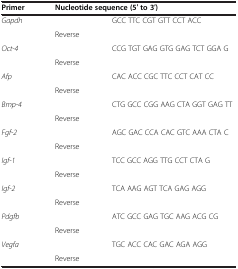
<table><thead><tr><td><b>Primer</b></td><td colspan="2"><b>Nucleotide sequence (5′ to 3′)</b></td></tr></thead><tbody><tr><td rowspan="2"><i>Gapdh</i></td><td>[EMPTY_CELL]</td><td>GCC TTC CGT GTT CCT ACC</td></tr><tr><td>Reverse</td><td>[EMPTY_CELL]</td></tr><tr><td rowspan="2"><i>Oct-4</i></td><td>[EMPTY_CELL]</td><td>CCG TGT GAG GTG GAG TCT GGA G</td></tr><tr><td>Reverse</td><td>[EMPTY_CELL]</td></tr><tr><td rowspan="2"><i>Afp</i></td><td>[EMPTY_CELL]</td><td>CAC ACC CGC TTC CCT CAT CC</td></tr><tr><td>Reverse</td><td>[EMPTY_CELL]</td></tr><tr><td rowspan="2"><i>Bmp-4</i></td><td>[EMPTY_CELL]</td><td>CTG GCC CGG AAG CTA GGT GAG TT</td></tr><tr><td>Reverse</td><td>[EMPTY_CELL]</td></tr><tr><td rowspan="2"><i>Fgf-2</i></td><td>[EMPTY_CELL]</td><td>AGC GAC CCA CAC GTC AAA CTA C</td></tr><tr><td>Reverse</td><td>[EMPTY_CELL]</td></tr><tr><td rowspan="2"><i>Igf-1</i></td><td>[EMPTY_CELL]</td><td>TCC GCC AGG TTG CCT CTA G</td></tr><tr><td>Reverse</td><td>[EMPTY_CELL]</td></tr><tr><td rowspan="2"><i>Igf-2</i></td><td>[EMPTY_CELL]</td><td>TCA AAG AGT TCA GAG AGG</td></tr><tr><td>Reverse</td><td>[EMPTY_CELL]</td></tr><tr><td rowspan="2"><i>Pdgfb</i></td><td>[EMPTY_CELL]</td><td>ATC GCC GAG TGC AAG ACG CG</td></tr><tr><td>Reverse</td><td>[EMPTY_CELL]</td></tr><tr><td rowspan="2"><i>Vegfa</i></td><td>[EMPTY_CELL]</td><td>TGC ACC CAC GAC AGA AGG</td></tr><tr><td>Reverse</td><td>[EMPTY_CELL]</td></tr></tbody></table>